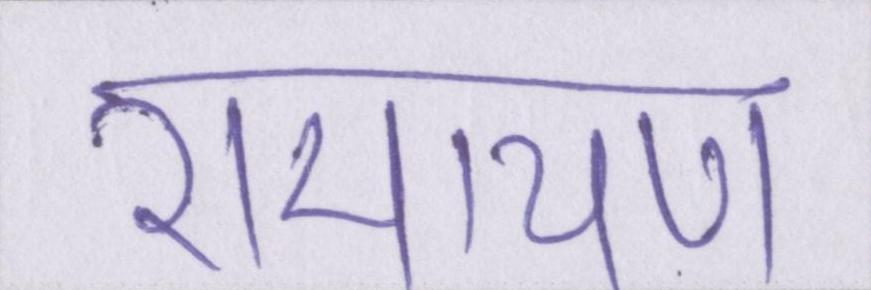
रामायण